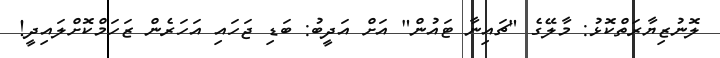
ލޮނުޒިޔާރަތްކޮޅު: މާލޭގެ "ޗައިނާ ޓައުން" އަށް އަދީބު: ބަޑި ޖަހައި އަހަރެން ޒަހަމްކޮށްލައިދީ!